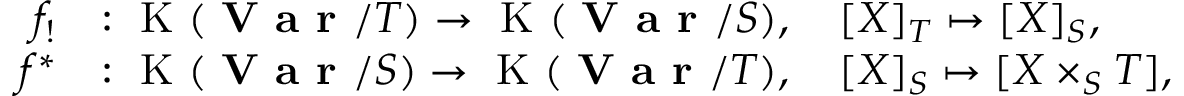
\begin{array} { r l } { f _ { ! } } & { : \textup { \normalfont K } ( \textup { \bfseries V a r } / T ) \to \textup { \normalfont K } ( \textup { \bfseries V a r } / S ) , \quad [ X ] _ { T } \mapsto [ X ] _ { S } , } \\ { f ^ { * } } & { : \textup { \normalfont K } ( \textup { \bfseries V a r } / S ) \to \textup { \normalfont K } ( \textup { \bfseries V a r } / T ) , \quad [ X ] _ { S } \mapsto [ X \times _ { S } T ] , } \end{array}